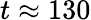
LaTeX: t\approx 130